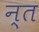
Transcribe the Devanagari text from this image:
न्त